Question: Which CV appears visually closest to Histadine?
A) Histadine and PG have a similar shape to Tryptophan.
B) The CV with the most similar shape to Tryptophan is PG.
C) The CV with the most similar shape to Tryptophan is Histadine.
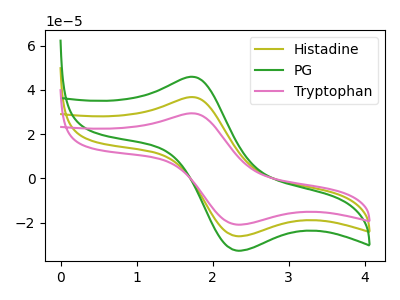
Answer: <think>The olive curve "Histadine" has an anodic peak at (1.70V, 36.70uA) and a cathodic peak at (2.30V, -26.10uA). The green curve "PG" has an anodic peak at (1.70V, 73.40uA) and a cathodic peak at (2.30V, -52.25uA). The pink curve "Tryptophan" has an anodic peak at (1.70V, 29.35uA) and a cathodic peak at (2.30V, -20.90uA).
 All the peaks in "Histadine" have a peak in "PG" at the same potential. Every peak in "Histadine" is lower than every peak in "PG". All the peaks in "Histadine" have a peak in "Tryptophan" at the same potential. Every peak in "Histadine" is higher than every peak in "Tryptophan". All the peaks in "PG" have a peak in "Tryptophan" at the same potential. Every peak in "PG" is higher than every peak in "Tryptophan".</think>
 <answer>A) "Histadine" and "PG" have a similar shape to "Tryptophan".</answer>
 <eval>A</eval>